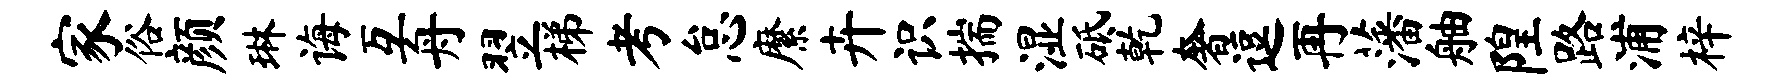
家俗颜琳诲互舟翌梯考怠縻卉识揣湿砥乾奢逗再藩舳隍路浦梓